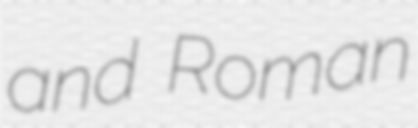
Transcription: and Roman